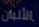
الألبان